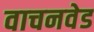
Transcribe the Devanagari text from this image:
वाचनवेड